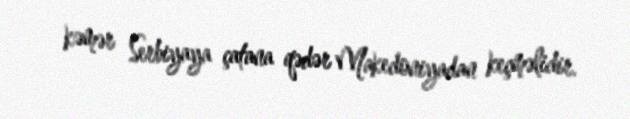
kəmər Serbiyaya çatana qədər Makedoniyadan keçməlidir.